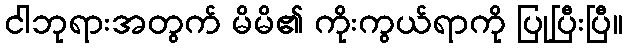
ငါဘုရားအတွက် မိမိ၏ ကိုးကွယ်ရာကို ပြုပြီးပြီ။